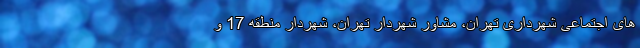
های اجتماعی شهرداری تهران، مشاور شهردار تهران، شهردار منطقه 17 و